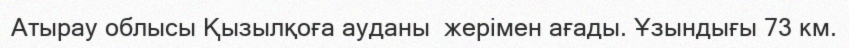
Атырау облысы Қызылқоға ауданы  жерімен ағады. Ұзындығы 73 км.